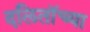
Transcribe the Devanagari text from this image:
दलिताॅच्या